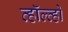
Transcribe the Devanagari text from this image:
व्हॉल्व्हो